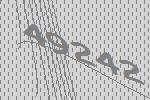
49242